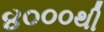
૪૦૦૦થી